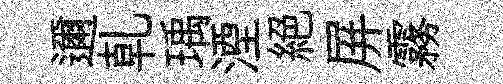
邇乹瑀湮絕屏霧